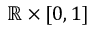
\mathbb { R } \times [ 0 , 1 ]